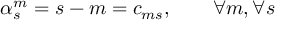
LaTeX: \alpha _ { s } ^ { m } = s - m = c _ { m s } , \qquad \forall m , \forall s